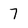
Character: 7